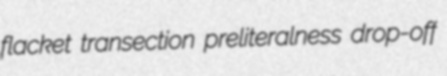
flacket transection preliteralness drop-off